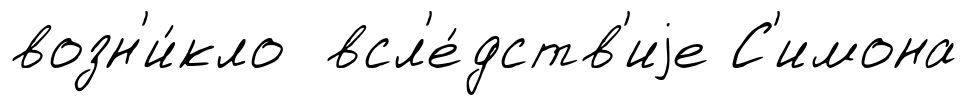
возн'и́кло всл'е́дств'иjе С'имона